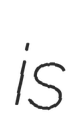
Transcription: is